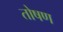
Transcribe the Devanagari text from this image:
तोषण